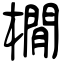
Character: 橌